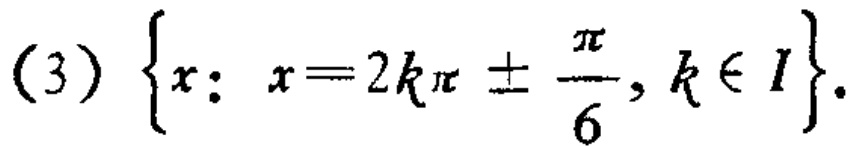
(3) \(\{x: x = 2k\pi\pm\frac{\pi}{6}, k\in I\}\)